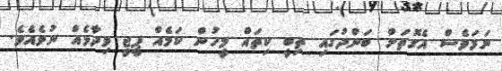
ނަމަވެސް އެގޮތަށް ބަންދުގައި ތިބީ ކިތައް މީހުން ކަމެއް ޕީޖީ ވިދާޅެއް ނުވެއެވެ.